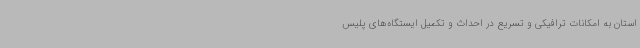
استان به امکانات ترافیکی و تسریع در احداث و تکمیل ایستگاه‌های پلیس